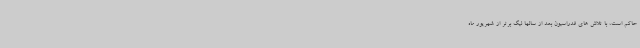
حاکم است، با تلاش های فدراسیون بعد از سالها لیگ برتر از شهریور ماه